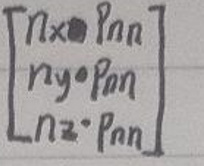
\[
\begin{bmatrix}
n_x \cdot p_{nn} \\
n_y \cdot p_{nn} \\
n_z \cdot p_{nn}
\end{bmatrix}
\]